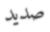
صديد